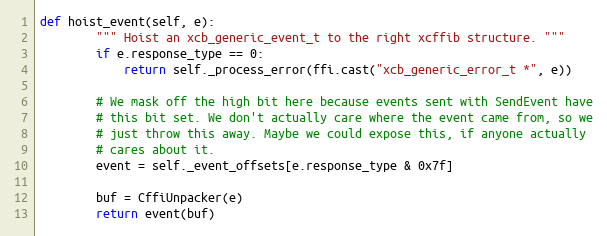
Language: Python
def hoist_event(self, e):
        """ Hoist an xcb_generic_event_t to the right xcffib structure. """
        if e.response_type == 0:
            return self._process_error(ffi.cast("xcb_generic_error_t *", e))

        # We mask off the high bit here because events sent with SendEvent have
        # this bit set. We don't actually care where the event came from, so we
        # just throw this away. Maybe we could expose this, if anyone actually
        # cares about it.
        event = self._event_offsets[e.response_type & 0x7f]

        buf = CffiUnpacker(e)
        return event(buf)